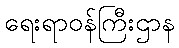
ရေးရာဝန်ကြီးဌာန